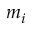
m _ { i }